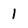
Character: 1